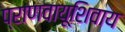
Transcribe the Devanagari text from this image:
प्राणवायूशिवाय